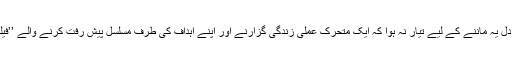
یہی وجہ ہے کہ ڈاکٹر جان جوزف کی خودکشی کی خبر پڑھ کر دل کو دھچکا سا لگا اور دل یہ ماننے کے لیے تیار نہ ہوا کہ ایک متحرک عملی زندگی گزارنے اور اپنے اہداف کی طرف مسلسل پیش رفت کرنے والے ’’فیلڈ ورکر‘‘ کو اچانک مایوسی کی دلدل میں چھلانگ لگانے کی بات آخر کیسے سوجھ گئی؟